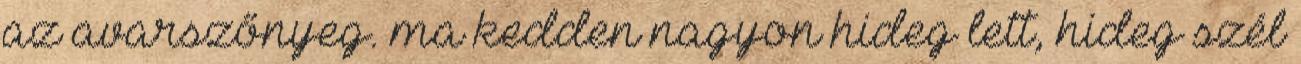
az avarszőnyeg. ma kedden nagyon hideg lett, hideg szél